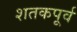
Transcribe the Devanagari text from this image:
शतकपूर्व